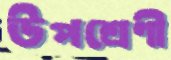
উপশ্রেণী